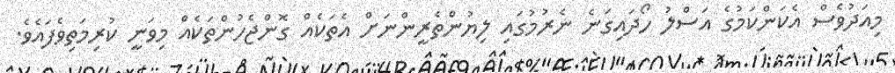
މިއަދުވެސް އެކަންކަމުގެ އަސްލު ހޯދައިގަނެ ނެރުމުގައި ލިޔުންތެރީންނަށް އެތަކެއް ގޮންޖެހުންތަކެއް މިވަނީ ކުރިމަތިވެފައެވެ.